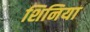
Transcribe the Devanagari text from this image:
शिनिया